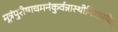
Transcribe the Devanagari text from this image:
मूत्रंपुरीषाचमनंकुर्वन्नास्थीनिधारयेत्